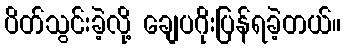
ပိတ်သွင်းခဲ့လို့ ချေပဂိုးပြန်ရခဲ့တယ်။